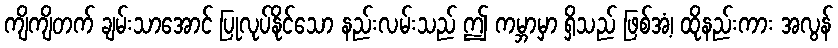
ကျိကျိတက် ချမ်းသာအောင် ပြုလုပ်နိုင်သော နည်းလမ်းသည် ဤ ကမ္ဘာမှာ ရှိသည် ဖြစ်အံ့၊ ထိုနည်းကား အလွန်